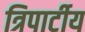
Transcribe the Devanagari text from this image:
त्रिपार्टीय